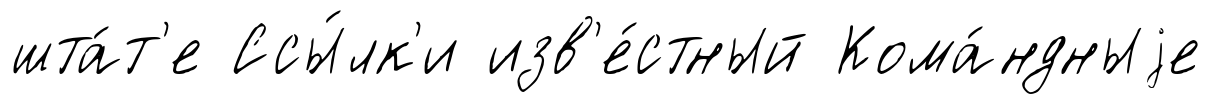
шта́т'е Ссы́лк'и изв'е́стный Кома́ндныjе